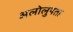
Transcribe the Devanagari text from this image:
अलोलुपता